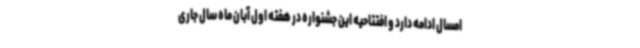
امسال ادامه دارد و افتتاحیه این جشنواره در هفته اول آبان ماه سال جاری